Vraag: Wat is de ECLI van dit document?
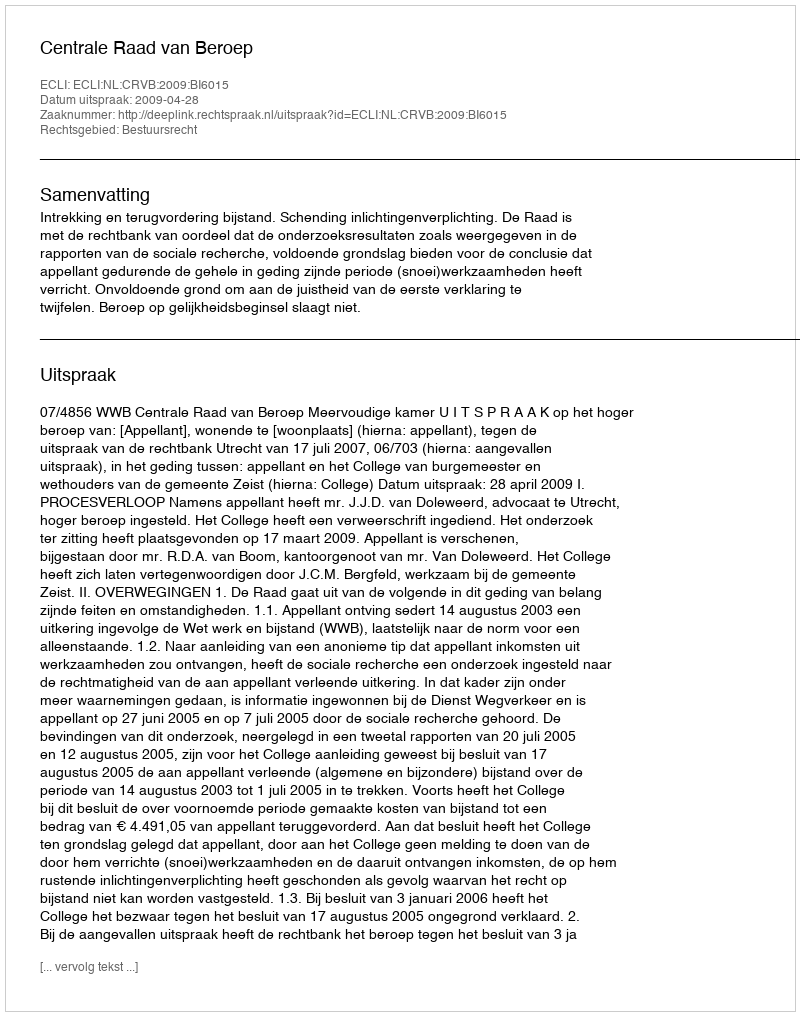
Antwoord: ECLI:NL:CRVB:2009:BI6015